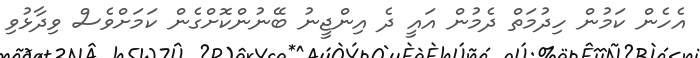
އެހެން ކަމުން ހިދުމަތް ދެމުން އައީ ދެ އިންޖީނު ބޭނުންކޮށްގެން ކަމަށްވެސް ވިދާޅުވި